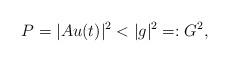
LaTeX: \begin{align*}P=|Au(t)|^2<|g|^2=: G^2,\end{align*}